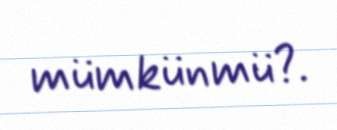
mümkünmü?.